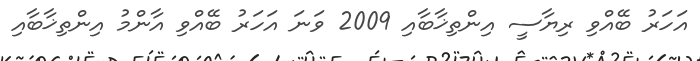
އަހަރު ބޭއްވި ރިޔާސީ އިންތިޚާބާއި 2009 ވަނަ އަހަރު ބޭއްވި އާންމު އިންތިޚާބާއި